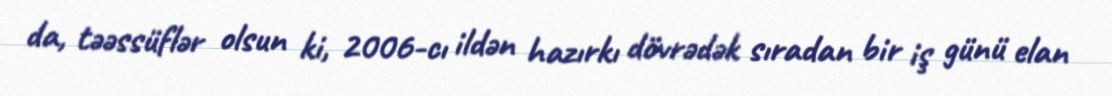
da, təəssüflər olsun ki, 2006-cı ildən hazırkı dövrədək sıradan bir iş günü elan